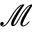
\mathcal { M }